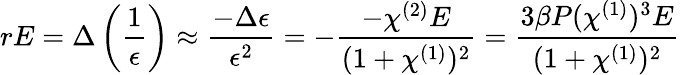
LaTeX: rE=\Delta\left(\frac{1}{\epsilon}\right)\approx\frac{-\Delta\epsilon}{\epsilon^{2}}=-\frac{-\chi^{(2)}E}{(1+\chi^{(1)})^{2}}=\frac{3\beta P(\chi^{(1)})^{3}E}{(1+\chi^{(1)})^{2}}